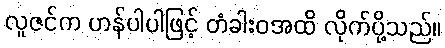
လူဇင်က ဟန်ပါပါဖြင့် တံခါးဝအထိ လိုက်ပို့သည်။